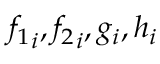
{ f _ { 1 } } _ { i } , { f _ { 2 } } _ { i } , g _ { i } , h _ { i }